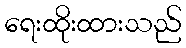
ရေးထိုးထားသည်